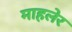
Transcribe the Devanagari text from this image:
माहलेर